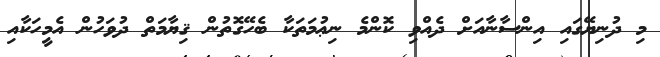
މި ދުނިޔޭގައި އިންސާނާއަށް ދެއްވި ކޮންމެ ނިޢުމަތަކާ ބެހޭގޮތުން ޤިޔާމަތް ދުވަހުން އެމީހަކާއި